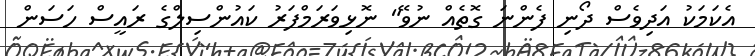
އެކަމަކު އަދިވެސް ދޯނި ފެންނަ ގޮތެއް ނުވޭ" ނޮޅިވަރަމްފަރު ކައުންސިލްގެ ރައީސް ހަސަން